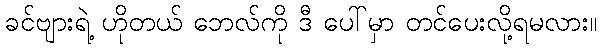
ခင်ဗျားရဲ့ ဟိုတယ် ဘေလ်ကို ဒီ ပေါ်မှာ တင်ပေးလို့ရမလား။